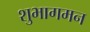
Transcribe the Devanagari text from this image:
शुभागमन